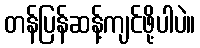
တန်ပြန်ဆန့်ကျင်ဖို့ပါပဲ။